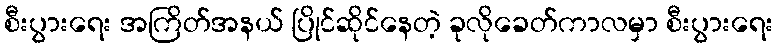
စီးပွားရေး အကြိတ်အနယ် ပြိုင်ဆိုင်နေတဲ့ ခုလိုခေတ်ကာလမှာ စီးပွားရေး